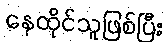
နေထိုင်သူဖြစ်ပြီး